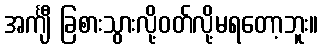
အင်္ကျီ ခြစားသွားလို့ဝတ်လို့မရတော့ဘူး။